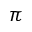
\pi